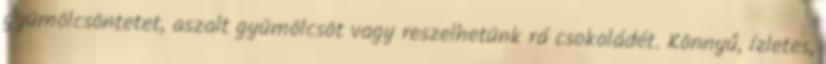
gyümölcsöntetet, aszalt gyümölcsöt vagy reszelhetünk rá csokoládét. Könnyű, ízletes,